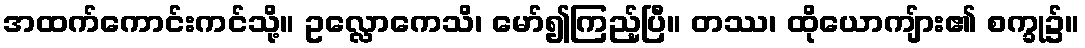
အထက်ကောင်းကင်သို့။ ဥလ္လောကေသိ၊ မော်၍ကြည့်ပြီ။ တဿ၊ ထိုယောကျ်ား၏ စက္ခု၌။